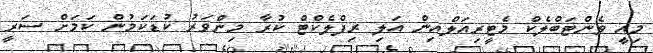
މިއީ ވެންޓަބްލެކް މެޓީރިއަލްއިން އަލި ރިފްލެކްޓް ކުރާ މިންވަރު ކުޑަކަމުން ކަމަށް ސަރީ